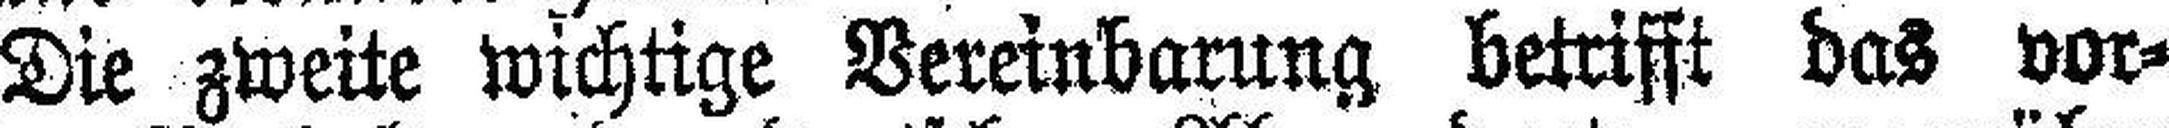
Die zweite wichtige Vereinbarung betrifft das vor¬